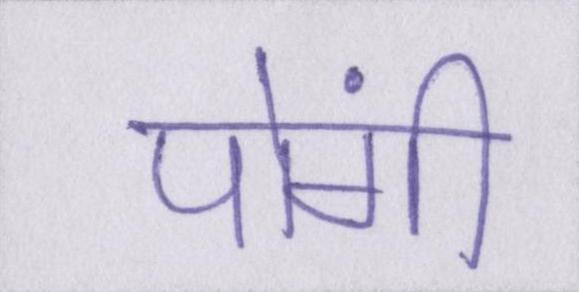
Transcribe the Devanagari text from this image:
पोंगी